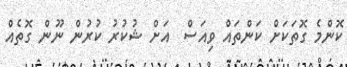
ކޮންމެ ގޮތަކަށް ކަންތައް ވިއަސް  އަށް ޝުކުރު ކުރުން ނޫން ގޮތެއް